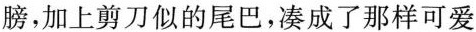
膀，加上剪刀似的尾巴，凑成了那样可爱